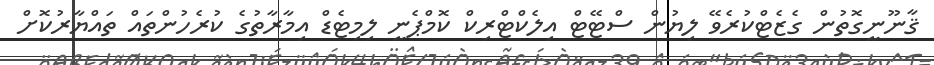
ޤާނޫނީގޮތުން ގެޒެޓްކުރެވޭ ލިޔުން ސްޓޭޓް އިލެކްޓްރިކް ކޮމްޕެނީ ލިމިޓެޑް އިމާރާތުގެ ކުރެހުންތައް ތައްޔާރުކޮށް